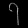
Digit: ၇